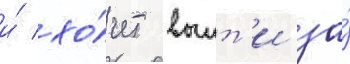
и́ хо́чет выит'и за́